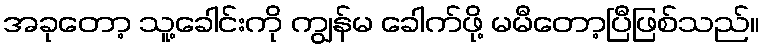
အခုတော့ သူ့ခေါင်းကို ကျွန်မ ခေါက်ဖို့ မမီတော့ပြီဖြစ်သည်။